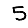
Digit: 5